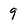
Character: 9